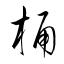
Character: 桶